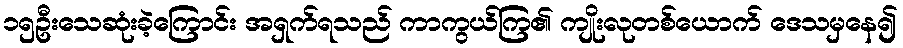
၁၅ဦးသေဆုံးခဲ့ကြောင်း အရှက်ရသည် ကာကွယ်ကြ၏ ကျိုးလုတစ်ယောက် ဒေသမှနေ၍